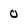
Character: 0